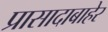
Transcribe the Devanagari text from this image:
प्रासादाबाहेर